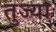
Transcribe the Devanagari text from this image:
तुज्या